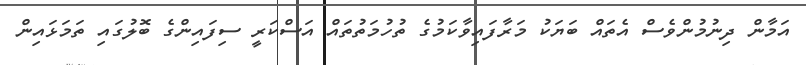
އަމާން ދިނުމުންވެސް އެތައް ބަޔަކު މަރާފައިވާކަމުގެ ތުހުމަތުތައް އަސްކަރީ ސިފައިންގެ ބޮލުގައި ތަމަޅައިން